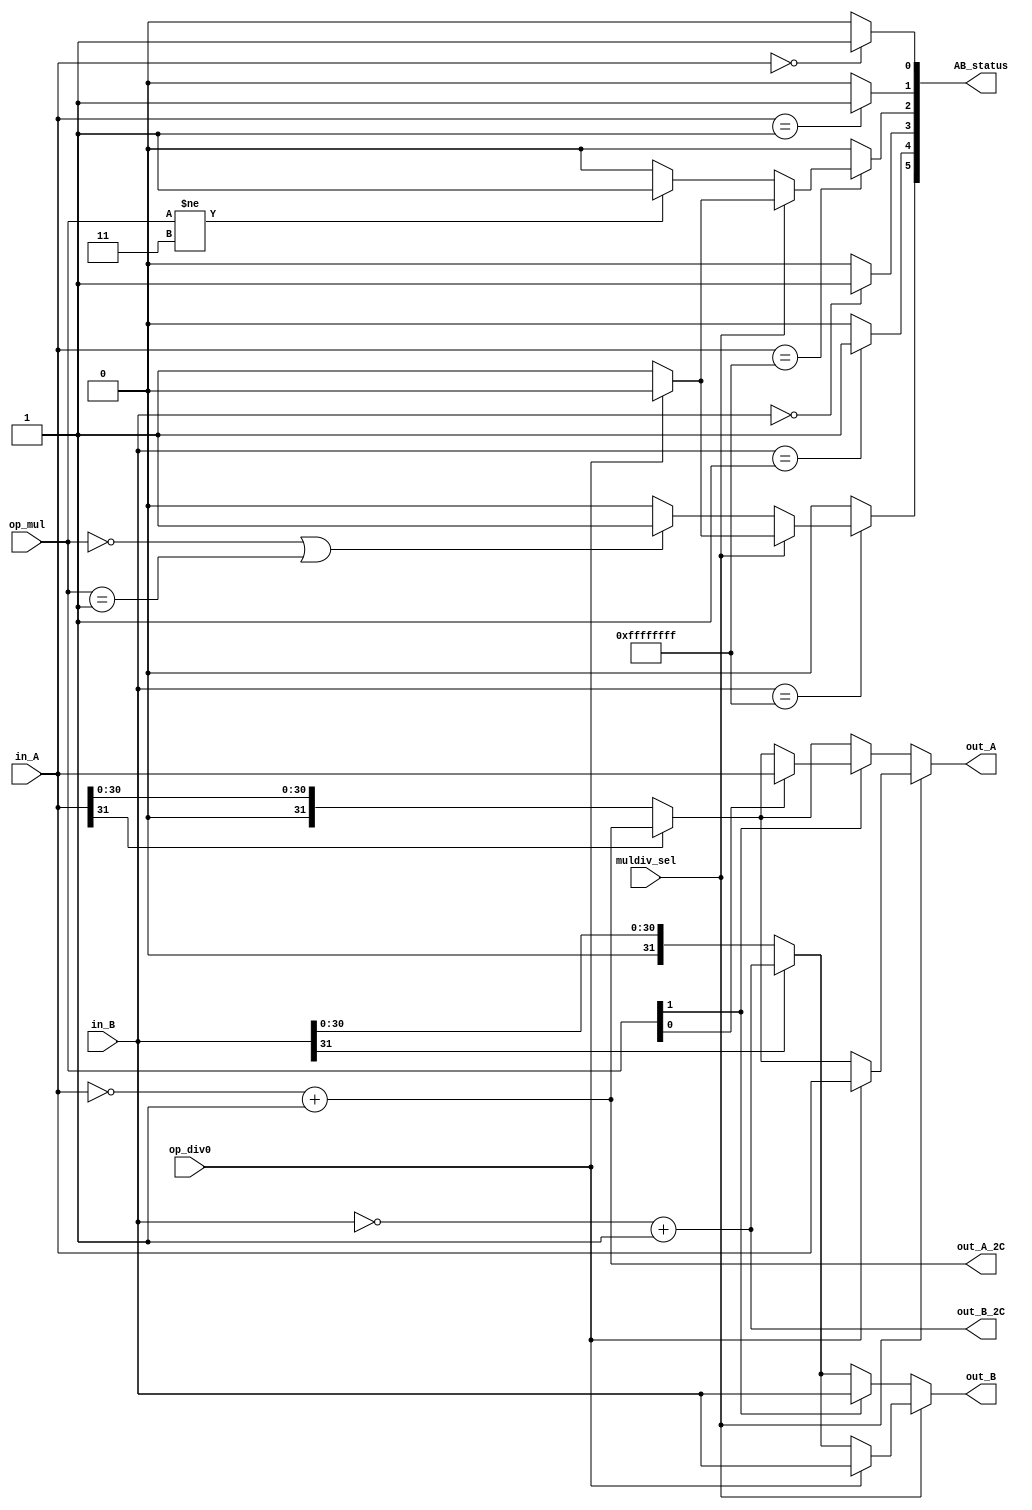
module MULDIV_in(
    input [31:0] in_A,
    input [31:0] in_B,
    input op_div0,
    input [1:0] op_mul,
    input muldiv_sel,
    output [5:0] AB_status,
    output [31:0] out_A,
    output [31:0] out_B,
    output [31:0] out_A_2C,
	output [31:0] out_B_2C
	);

    wire [31:0] A_2C, B_2C, A_s, B_s;
    wire [31:0] Dividend, Divisor, M_inA, M_inB;
    reg A0, B0, A1, B1, Am1, Bm1;

    assign A_2C = ~in_A + 1;
    assign B_2C = ~in_B + 1;

    assign A_s = in_A[31] ? A_2C : in_A;
    assign B_s = in_B[31] ? B_2C : in_B;

    assign Dividend = op_div0 ? in_A : A_s;
    assign Divisor = op_div0 ? in_B : B_s;

    assign M_inA = op_mul[1] ? (op_mul[0] ? in_A : A_s) : A_s;
    assign M_inB = op_mul[1] ? in_B : B_s;

    assign out_A = muldiv_sel ? Dividend : M_inA;
    assign out_B = muldiv_sel ? Divisor : M_inB;

	assign out_A_2C = A_2C;
	assign out_B_2C = B_2C;


	always @* begin
		case(in_A)
			32'd0: begin
				A0 = 1'b1;
				A1 = 1'b0;
				Am1 = 1'b0;
	       end

			32'd1: begin
				A0 = 1'b0;
				A1 = 1'b1;
				Am1 = 1'b0;
			end

			32'hffffffff: begin
			    A0 = 1'b0;
				A1 = 1'b0;
				if(muldiv_sel) begin
					if(op_div0)
						Am1 = 1'b0;
					else
						Am1 = 1'b1;
				end
				else begin
					if(op_mul != 2'b11)
						Am1 = 1'b1;
					else
						Am1 = 1'b0;
				end
			end

			default: begin
				A0 = 1'b0;
				A1 = 1'b0;
				Am1 = 1'b0;
			end
		endcase
	end

	always @* begin
		case(in_B)
			32'd0: begin
				B0 = 1'b1;
				B1 = 1'b0;
				Bm1 = 1'b0;
	       end

			32'd1: begin
				B0 = 1'b0;
				B1 = 1'b1;
				Bm1 = 1'b0;
			end

			32'hffffffff: begin
			    B0 = 1'b0;
				B1 = 1'b0;
				if(muldiv_sel) begin
					if(op_div0)
						Bm1 = 1'b0;
					else
						Bm1 = 1'b1;
				end
				else begin
					if(op_mul == 2'b00 || op_mul == 2'b01)
						Bm1 = 1'b1;
					else
						Bm1 = 1'b0;
				end
			end

			default: begin
				B0 = 1'b0;
				B1 = 1'b0;
				Bm1 = 1'b0;
			end
		endcase
	end


    assign AB_status = {Bm1, B1, B0, Am1, A1, A0};

endmodule